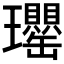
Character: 𤫡